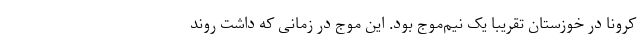
کرونا در خوزستان تقریبا یک نیم‌موج بود. این موج در زمانی که داشت روند